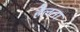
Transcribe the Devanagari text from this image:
हैलना